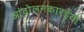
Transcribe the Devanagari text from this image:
आंदोलनकारईयों